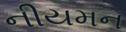
નીયમન